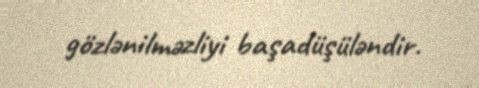
gözlənilməzliyi başadüşüləndir.